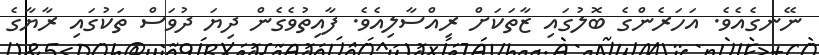
ނޭނގެއެވެ. އަހަރެންގެ ބޮލުގައި ޒާތަކަށް ރިއްސާލިއެވެ. ފާއިތުވެގެން ދިޔަ ދުވަސް ތަކުގައި ރާޔާގެ